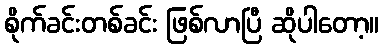
စိုက်ခင်းတစ်ခင်း ဖြစ်လာပြီ ဆိုပါတော့။